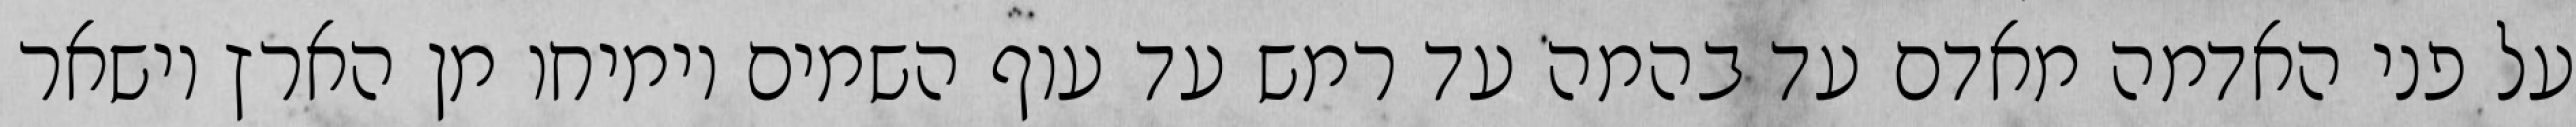
על פני האדמה מאדם עד בהמה עד רמש עד עוף השמים וימיחו מן הארץ וישאר